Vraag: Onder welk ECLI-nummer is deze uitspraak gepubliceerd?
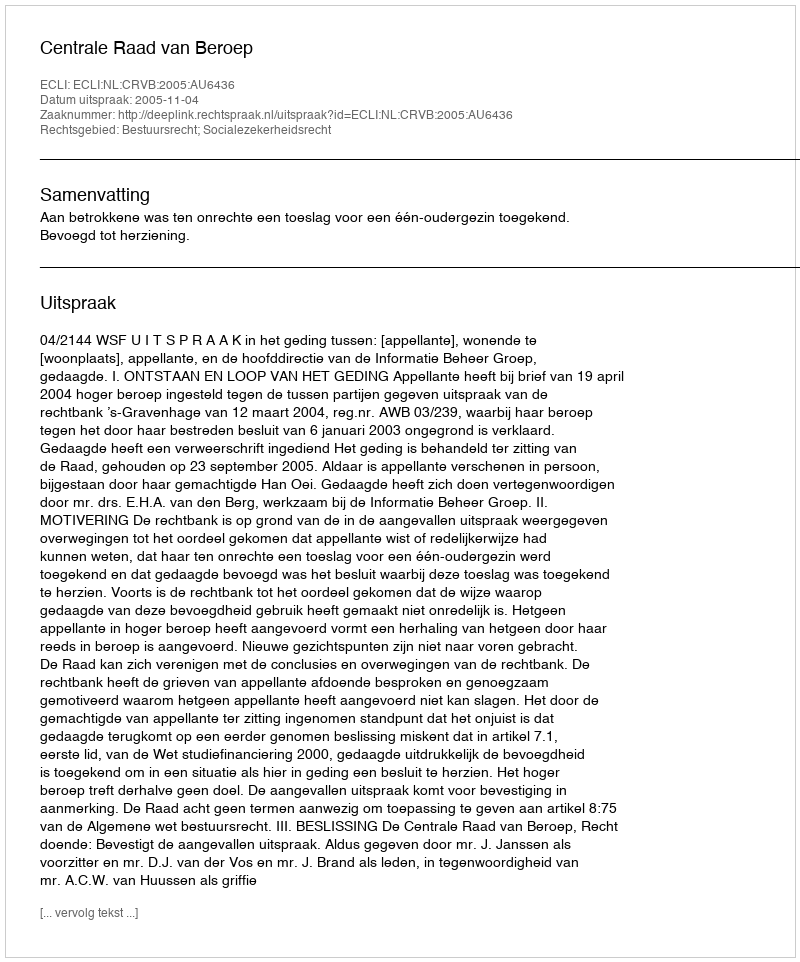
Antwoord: ECLI:NL:CRVB:2005:AU6436